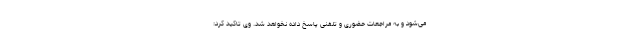
می‌شود و به مراجعات حضوری و تلفنی پاسخ داده نخواهد شد. وی تاکید کرد: